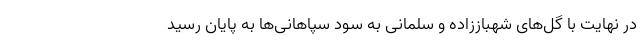
در نهایت با گل‌های شهباززاده و سلمانی به سود سپاهانی‌ها به پایان رسید